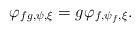
LaTeX: \begin{gather*} \varphi_{fg,\psi,\xi} = g\varphi_{f,\psi_f,\xi}. \end{gather*}